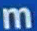
m